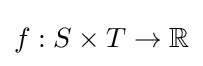
f:S\times T\to \mathbb {R}